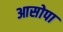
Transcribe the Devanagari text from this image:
आसोपा